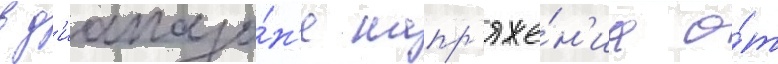
в д'иапазо́н'е напр'яже́н'иа о́т